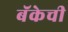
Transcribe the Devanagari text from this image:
बॅकेची